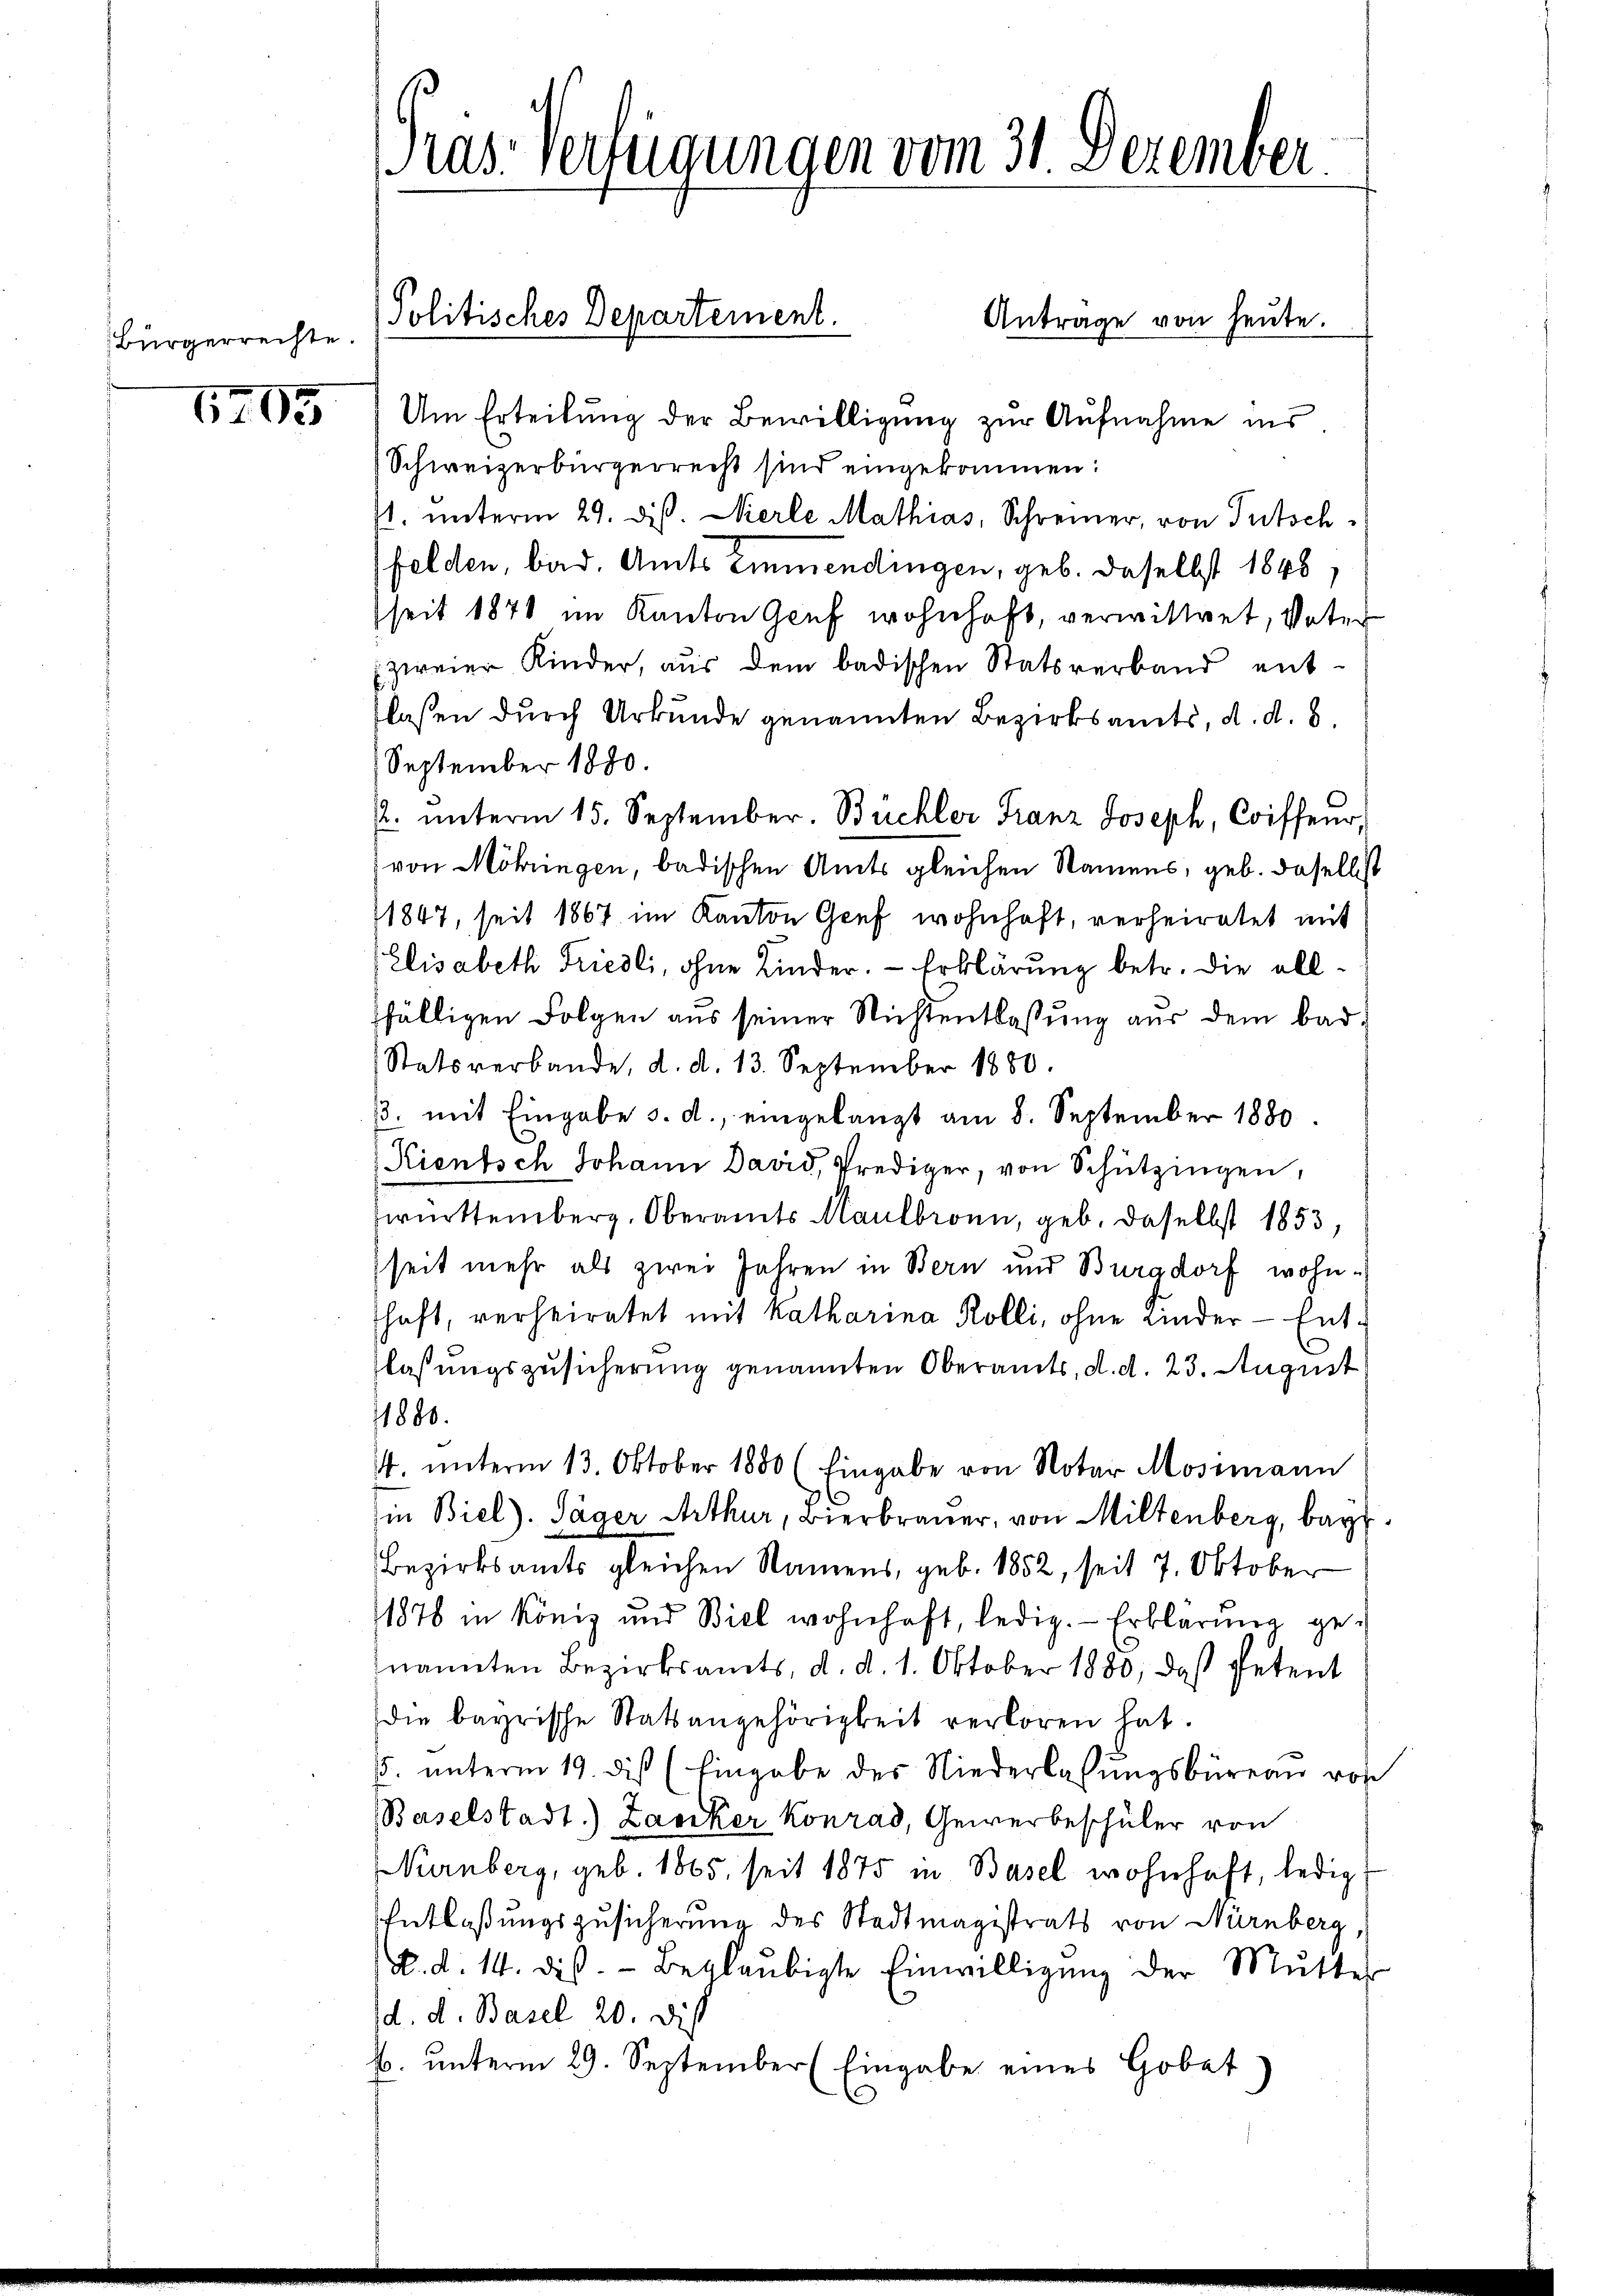
Bürgerrechte.

1705

Präs. Verfügungen vom 31. Dezember

Politisches Departement.

Antrage von heute.
Um Erteilung der Bewilligung zur Aufnahme ins
Schweizerbürgerrecht sind eingekommen:
1. unterm 29. diß. Nierle Mathias, Schreiner, von Tutschfelden, bird. Amts Emmendingen, geb. Daselbst 1848,
seit 1871 im Kanton Genf wohnhaft, verwittet, Vater
zweier Kinder, aus dem badischen Statsverband enttlaßen durch Urkunde genannten Bezirksamts, d. d. 8.
September 1880.
. ŭnterm 15. September. Büchler Franz Joseph, Coiffeur,
von Möhringen, badischen Amts gleichen Namens, geb. daselbst
1847, seit 1867 im Kanton Genf wohnhaft, verheiratet mit
Elisabeth Friedli, ohne Kinder. — Erklärung betr. die allfälligen Folgen aus seiner Nichtentlassung aus dem bad¬
Statsverbande, d. d. 13. September 1880.
ß. mit Eingabe s. d., eingelangt am 8. September 1880
Kientsch Johann David, Prediger, von Schützingen,
württemberg, Oberamts Maulbronn, geb. daselbst 1853,
seit mehr als zwei Jahren in Bern und Burgdorf wohnshaft, verheiratet mit Katharina Kolli, ohne Kinder - Entlaßungszusicherung genannten Oberamts, d. d. 23. August
1880.
44. unterm 13. Oktober 1880 (Eingabe von Notar Mosimann
in Biel). Säger Arthur, Bierbrauer, von Miltenberg, beyd
Bezirksamts gleichen Namens, geb. 1882, seit 7. Oktober
1878 in König und Biel wohnhaft, ledig. Erklärung ge-
nannten Bezirksamts, d. d. 1. Oktober 1880, daß Petent
die bayrische Statsangehörigkeit verloren hat.
. ŭnterm 19. dis (Eingabe des Niederlassŭngsbüreau von
Baselstadt.) Zanker Konrad, Gewerbeschüler von
Nürnberg, geb. 1865, seit 1875 in Basel wohnhaft, ledig
Entlaßungszusicherung des Stadtmagistrats von Nürnberg,
A. d. 14. des Beglaubigte Einwilligung der Mutter
d. d. Basel 20. Dies
4. ŭnterm 29. September (Eingabe eines Gobet